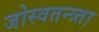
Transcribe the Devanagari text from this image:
जोस्वतन्त्र्ता